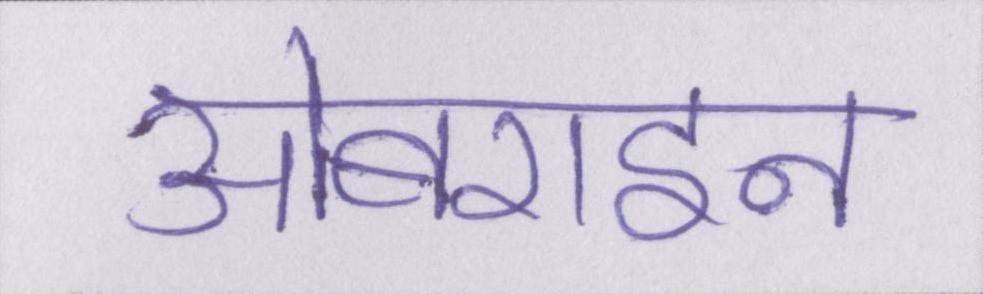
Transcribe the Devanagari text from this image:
ओबराइन